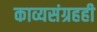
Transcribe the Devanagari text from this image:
काव्यसंग्रहही